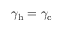
\gamma _ { \mathrm { h } } = \gamma _ { \mathrm { c } }